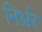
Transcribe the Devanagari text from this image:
निर्भ्रर